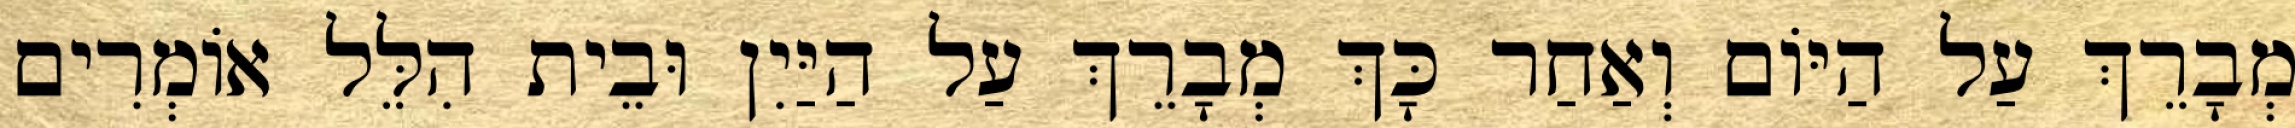
מְבָרֵךְ עַל הַיּוֹם וְאַחַר כָּךְ מְבָרֵךְ עַל הַיַּיִן וּבֵית הִלֵּל אוֹמְרִים